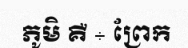
ភូមិ គឺ ÷ ព្រែក